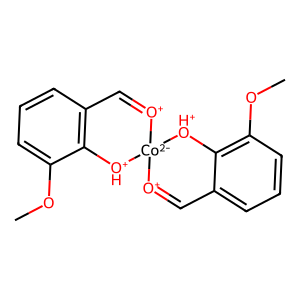
SMILES: COc1cccc2c1[OH+][Co-2]1([O+]=C2)[O+]=Cc2cccc(OC)c2[OH+]1
Inhibits HIV replication: No